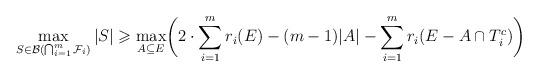
LaTeX: \begin{align*} \max_{S\in\mathcal{B}( \bigcap_{i=1}^m\mathcal{F}_i)}|S|\geqslant \max_{A\subseteq E}\biggl(2\cdot\sum_{i=1}^mr_i(E)-(m-1)|A|-\sum_{i=1}^m r_i(E-A \cap T_i^c)\biggr)\end{align*}